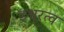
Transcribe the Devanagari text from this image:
इश्वरत्व